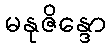
မနုဇိန္ဒော